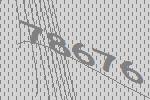
78676